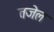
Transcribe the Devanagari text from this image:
तजेल